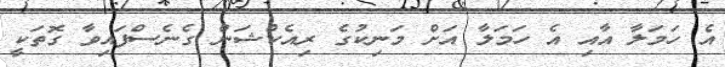
އެ ހަމަލާ އާއި އެ ހަމަލާ އަށް މަނިކުގެ ރިއެކްޝަން ގެނެސްފައިވާ ގޮތަކީ